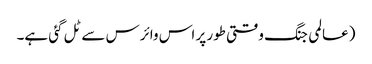
(عالمی جنگ وقتی طور پر اس وائرس سے ٹل گئی ہے۔